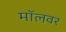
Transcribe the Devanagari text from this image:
मॉलवर